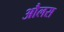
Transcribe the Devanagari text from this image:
औलस